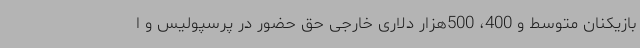
بازیکنان متوسط و 400، 500هزار دلاری خارجی حق حضور در پرسپولیس و ا